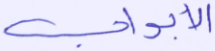
الأبواب